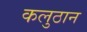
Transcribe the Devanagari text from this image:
कलुठान